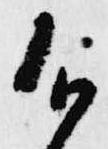
御